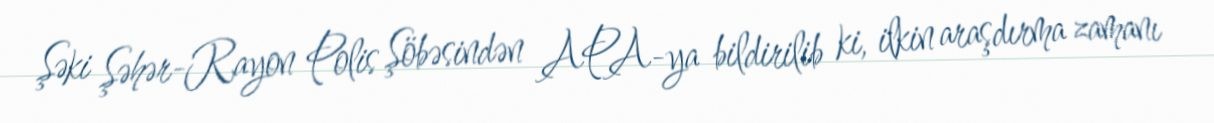
Şəki Şəhər-Rayon Polis Şöbəsindən APA-ya bildirilib ki, ilkin araşdırma zamanı